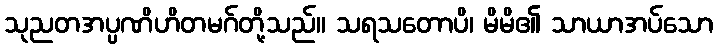
သုညတအပ္ပဏိဟိတမဂ်တို့သည်။ သရသတောပိ၊ မိမိ၏ သာယာအပ်သော